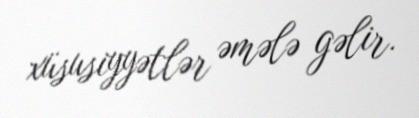
xüsusiyyətlər əmələ gəlir.